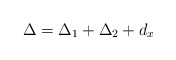
\begin{align*}\Delta = \Delta_1 + \Delta_2 +d_x\end{align*}